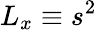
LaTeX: L_{x}\equiv s^{2}